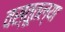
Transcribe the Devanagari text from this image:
वस्तूतल्या